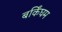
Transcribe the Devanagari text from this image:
बर्किंघम